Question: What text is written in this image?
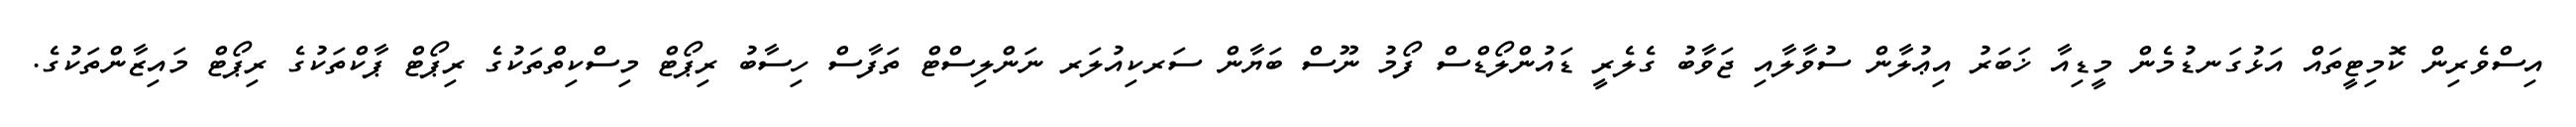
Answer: އިސްވެރިން ކޮމިޓީތައް އަޅުގަނޑުމެން މީޑިއާ ޚަބަރު އިޢުލާން ސުވާލާއި ޖަވާބު ގެލެރީ ޑައުންލޯޑްސް ފޯމު ނޫސް ބަޔާން ސަރކިއުލަރ ނަންލިސްޓް ތަފާސް ހިސާބު ރިޕޯޓް މިސްކިތްތަކުގެ ރިޕޯޓް ޕާކްތަކުގެ ރިޕޯޓް މައިޒާންތަކުގެ.